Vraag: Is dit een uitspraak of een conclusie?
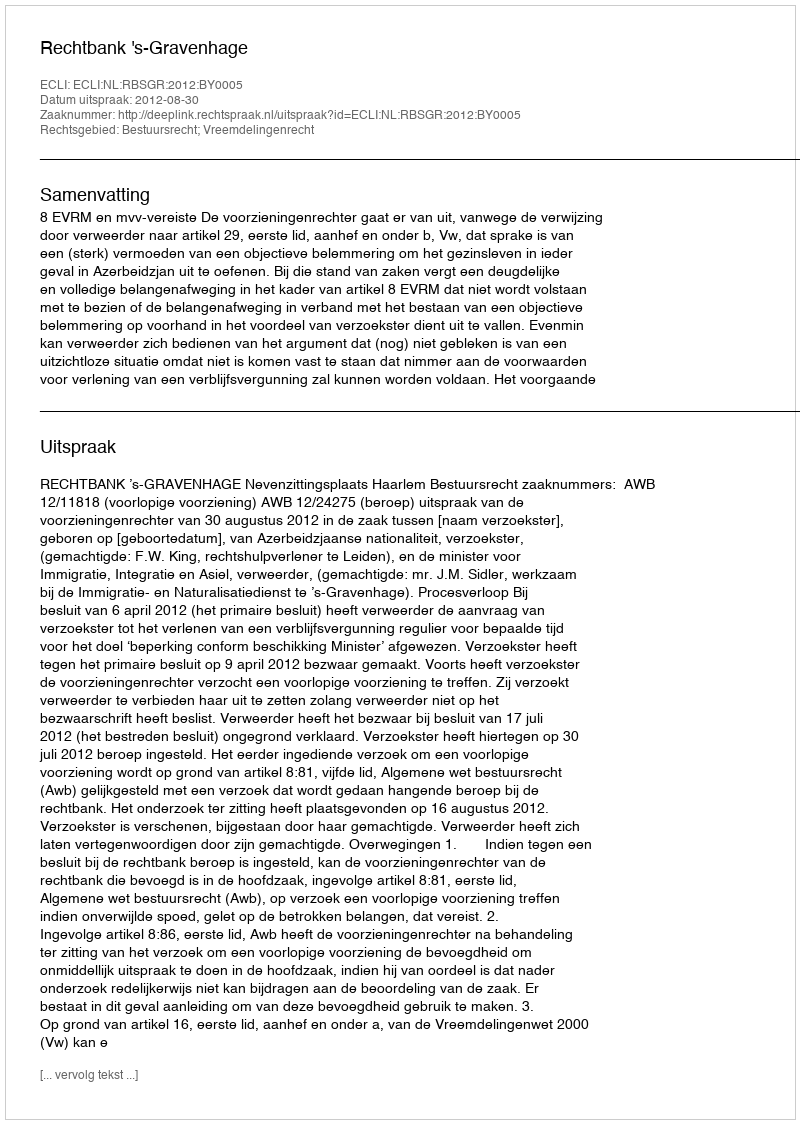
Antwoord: Uitspraak